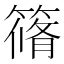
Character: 𮆀